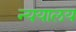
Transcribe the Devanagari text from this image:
न्ययालय